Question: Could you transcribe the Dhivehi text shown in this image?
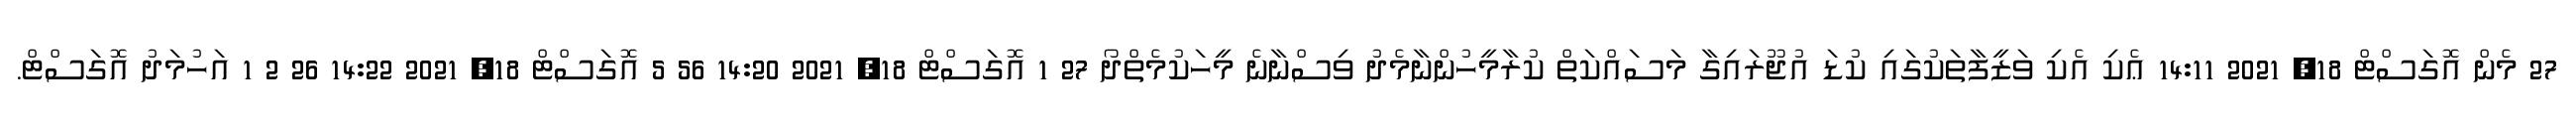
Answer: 27 މެން އޮގަސްޓް 18, 2021 14:11 ޢެކި އެކި ވަޒީފާތަކުގައި ކުޑަ އުޖޫރައިގާ މަސައްކަތް ކުރާމީހުންނާމެދު ވިސްނާނެ މީހަކުމެތްދޯ 27 1 އޮގަސްޓް 18, 2021 14:20 56 5 އޮގަސްޓް 18, 2021 14:22 26 2 1 އަހުމަދު އޮގަސްޓް.